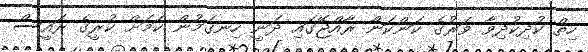
ހިތް ކުދިކުދިވާ ވަރުގެ ކަންކަން ރާއްޖޭގައި ދަނީ ހިނގަމުން ކަމަށް ކުރީގެ ރައީސް